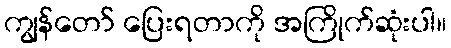
ကျွန်တော် ပြေးရတာကို အကြိုက်ဆုံးပါ။